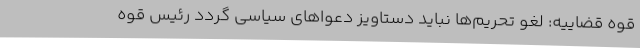
قوه قضاییه: لغو تحریم‌ها نباید دستاویز دعواهای سیاسی گردد رئیس قوه